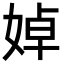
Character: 婥